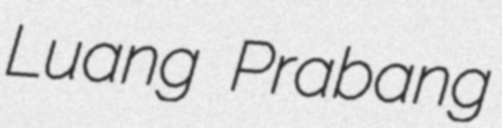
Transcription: Luang Prabang